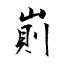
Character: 崱